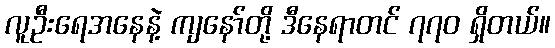
လူဦးရေအနေနဲ့ ကျနော်တို့ ဒီနေရာတင် ၇၇၀ ရှိတယ်။